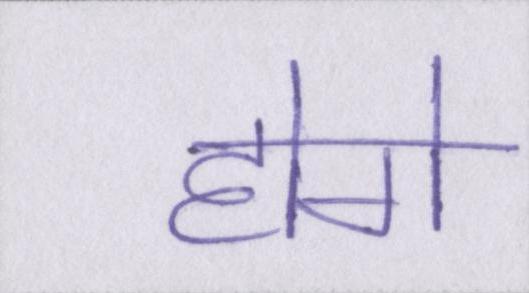
होगे